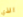
الذي